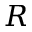
R